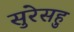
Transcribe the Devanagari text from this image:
सुरेसहु